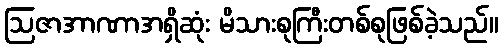
ဩဇာအာဏာအရှိဆုံး မိသားစုကြီးတစ်စုဖြစ်ခဲ့သည်။